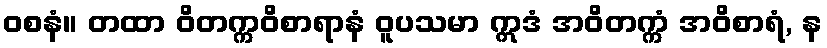
ဝစနံ။ တထာ ဝိတက္ကဝိစာရာနံ ဝူပသမာ ဣဒံ အဝိတက္ကံ အဝိစာရံ, န